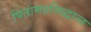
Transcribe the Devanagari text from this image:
पितामहसिद्धान्त